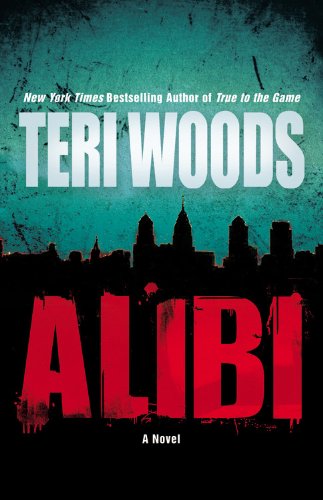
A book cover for Alibi; Teri Woods; Mystery, Thriller & Suspense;